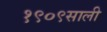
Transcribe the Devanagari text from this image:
१९०९साली